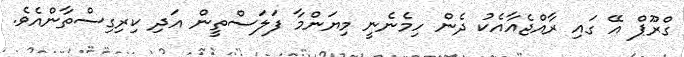
ގްރޫޕް އޭ ގައި ރާއްޖެއާއެކު ދެން ހިމެނެނީ މިޔަންމާ ފަލަސްތީން އަދި ކިރިގިސްތާންއެވެ.